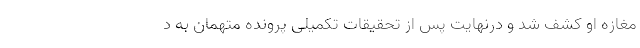
مغازه او کشف شد و درنهایت پس از تحقیقات تکمیلی پرونده متهمان به د